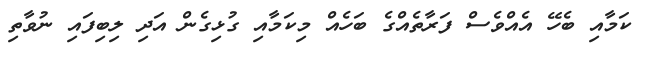
ކަމާއި ބެހޭ އެއްވެސް ފަރާތެއްގެ ބަހެއް މިކަމާއި ގުޅިގެން އަދި ލިބިފައި ނުވާތި